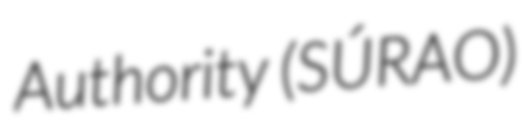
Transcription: Authority (SÚRAO)